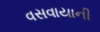
વસવાયાની